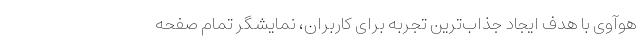
هوآوی با هدف ایجاد جذاب‌ترین تجربه برای کاربران، نمایشگر تمام صفحه